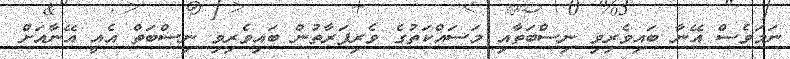
ނަމަވެސް އޭނާ ބައިވެރިވި ނިސްބަތާއި މަސައްކަތުގެ ވެރިފަރާތުން ބައިވެރިވި ނިސްބަތް އެއީ އޭނާއަށް